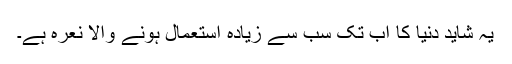
یہ شاید دنیا کا اب تک سب سے زیادہ استعمال ہونے والا نعرہ ہے۔